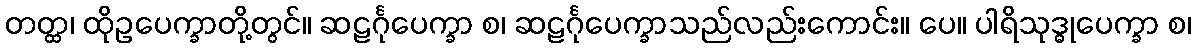
တတ္ထ၊ ထိုဥပေက္ခာတို့တွင်။ ဆဠင်္ဂုပေက္ခာ စ၊ ဆဠင်္ဂုပေက္ခာသည်လည်းကောင်း။ ပေ။ ပါရိသုဒ္ဓုပေက္ခာ စ၊